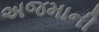
અજમાની